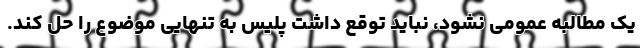
یک مطالبه عمومی نشود، نباید توقع داشت پلیس به تنهایی موضوع را حل کند.